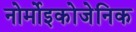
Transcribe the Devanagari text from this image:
नोर्मोइकोजेनिक